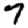
Digit: 7